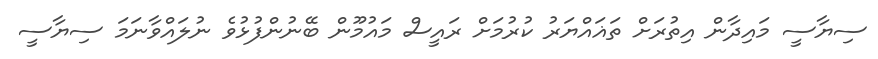
ސިޔާސީ މައިދާން އިތުރަށް ތަޣައްޔަރު ކުރުމަށް ރައީސް މައުމޫން ބޭނުންފުޅުވެ ނުލައްވާނަމަ ސިޔާސީ